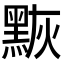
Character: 𪑀